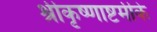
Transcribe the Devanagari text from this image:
श्रीकृष्णाष्टमीके